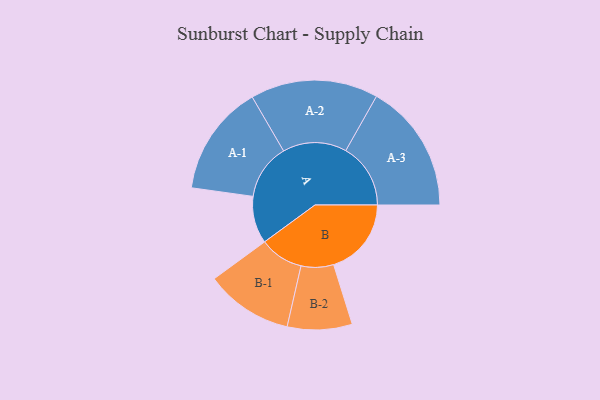
{"axis": {"x": "Segment", "y": "Value"}, "legend": ["", "A", "B"], "data": [{"x": "A", "y": 153, "type": ""}, {"x": "B", "y": 252, "type": ""}, {"x": "A-1", "y": 180, "type": "A"}, {"x": "A-2", "y": 207, "type": "A"}, {"x": "A-3", "y": 210, "type": "A"}, {"x": "B-1", "y": 142, "type": "B"}, {"x": "B-2", "y": 105, "type": "B"}]}